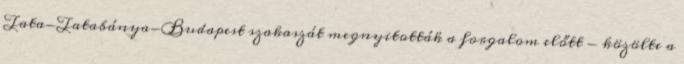
Tata-Tatabánya-Budapest szakaszát megnyitották a forgalom előtt - közölte a